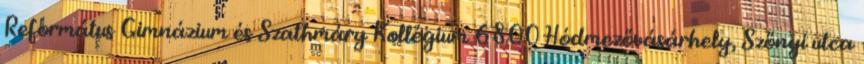
Református Gimnázium és Szathmáry Kollégium 6800 Hódmezővásárhely, Szőnyi utca